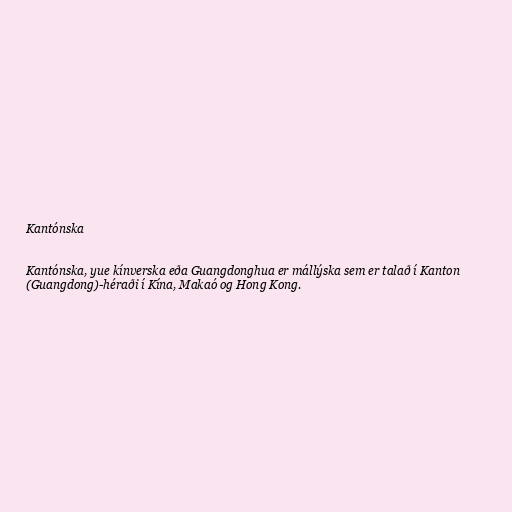
Kantónska

Kantónska, yue kínverska eða Guangdonghua er mállýska sem er talað í Kanton
(Guangdong)-héraði í Kína, Makaó og Hong Kong.